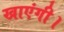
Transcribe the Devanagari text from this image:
खाएंगी।